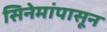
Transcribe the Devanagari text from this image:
सिनेमांपासून